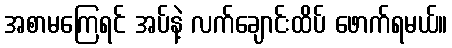
အစာမကြေရင် အပ်နဲ့ လက်ချောင်းထိပ် ဖောက်ရမယ်။